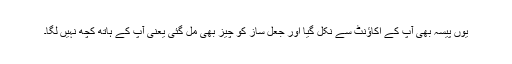
یوں پیسہ بھی آپ کے اکاؤنٹ سے نکل گیا اور جعل ساز کو چیز بھی مل گئی یعنی آپ کے ہاتھ کچھ نہیں لگا۔